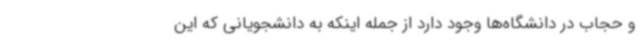
و حجاب در دانشگاه‌ها وجود دارد از جمله اینکه به دانشجویانی که این